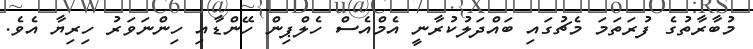
މުބާރާތުގެ ފުރަތަމަ މެޗުގައި ބައްދަލުކުރާނީ އެމްއެސް ހެލްޕިން ހޭންޑާއި ހިންނަވަރު ހިރިޔާ އެވެ.